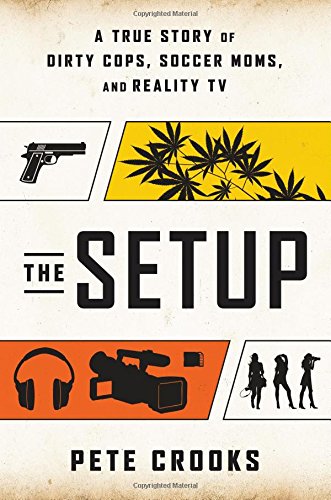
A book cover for The Setup: A True Story of Dirty Cops, Soccer Moms, and Reality TV; Pete Crooks; Biographies & Memoirs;